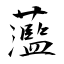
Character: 蘫